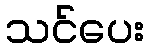
သင်ပေး